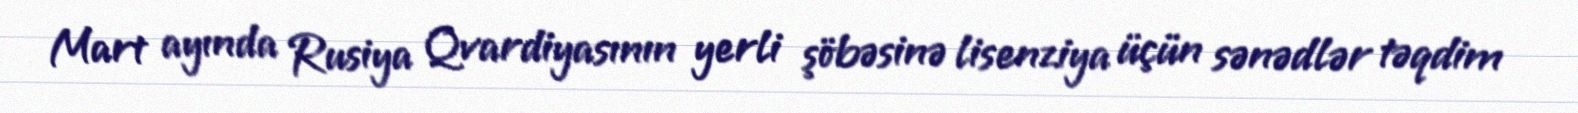
Mart ayında Rusiya Qvardiyasının yerli şöbəsinə lisenziya üçün sənədlər təqdim